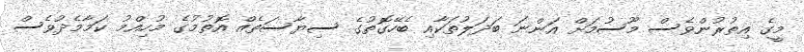
މީގެ އިތުރުންވެސް މޫސުމަށް އަންނަ ބަދަލުތަކާއި ބެހޭގޮތުގެ ސިޔާސަތެއް އޮތުމުގެ މުހިއްމު ކަމާމެދުވެސް